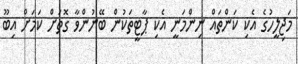
މަޖިލީހުގެ އެކި ކަންތައް ނިންމަނީ އެކި ޕާޓީތަކުން ބޭނުންވާ ގޮތަށް ކަމަށް އިބޫ